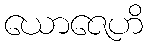
ယောဇေဟိ